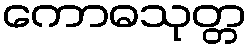
ကောဓသုတ္တ